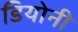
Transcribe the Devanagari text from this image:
डियोनी